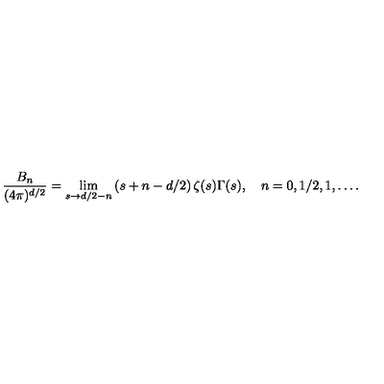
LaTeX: \frac { B _ { n } } { ( 4 \pi ) ^ { d / 2 } } = \lim _ { s \to d / 2 - n } \left( s + n - d / 2 \right) \zeta ( s ) \Gamma ( s ) , \quad n = 0 , 1 / 2 , 1 , \ldots { . }